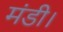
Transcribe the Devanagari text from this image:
मंडी।